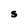
Character: S